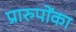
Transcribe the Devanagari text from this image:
प्रारुपोंका